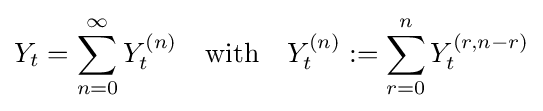
Y_{t}=\sum _{n=0}^{\infty }Y_{t}^{(n)}\quad {\text{with}}\quad Y_{t}^{(n)}:=\sum _{r=0}^{n}Y_{t}^{(r,n-r)}